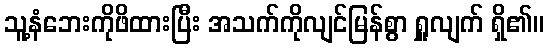
သူ့နံဘေးကိုဖိထားပြီး အသက်ကိုလျင်မြန်စွာ ရှူလျက် ရှိ၏။